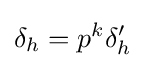
\delta _{h}=p^{k}\delta '_{h}